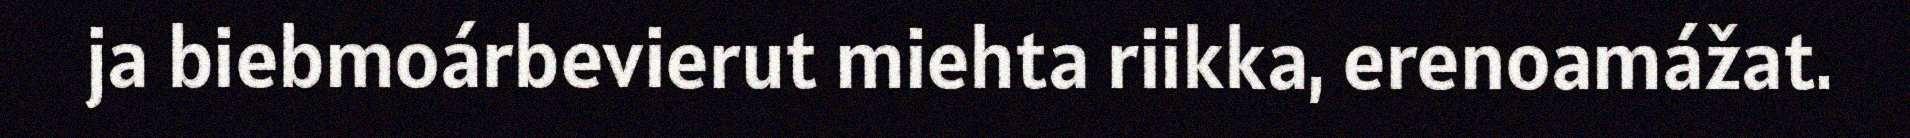
ja biebmoárbevierut miehta riikka, erenoamážat.